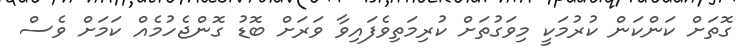
ގޮތަށް ކަންކަން ކުރުމަކީ މިވަގުތަށް ކުރިމަތިވެފައިވާ ވަރަށް ބޮޑު ގޮންޖެހުމެއް ކަމަށް ވެސް